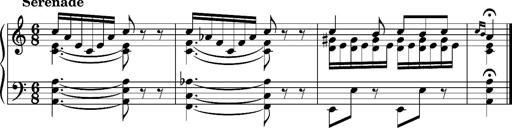
Title: Album-Leaf 'Serenade'
Composer: Franz Liszt
Key: A minor